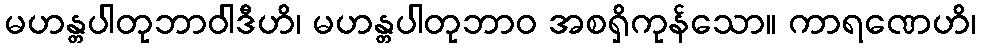
မဟန္တပါတုဘာဝါဒီဟိ၊ မဟန္တပါတုဘာဝ အစရှိကုန်သော။ ကာရဏေဟိ၊